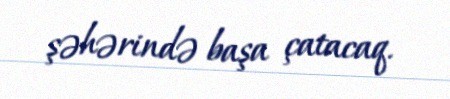
şəhərində başa çatacaq.